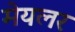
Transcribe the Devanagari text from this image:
मेयलर